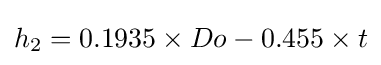
h_{2}=0.1935\times Do-0.455\times t